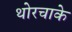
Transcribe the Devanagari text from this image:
थोरचाके